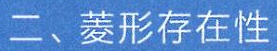
二、菱形存在性